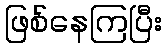
ဖြစ်နေကြပြီး